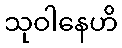
သုဝါနေဟိ